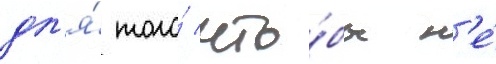
дл'я́ того́ что́бы н'е́